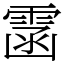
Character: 䨡